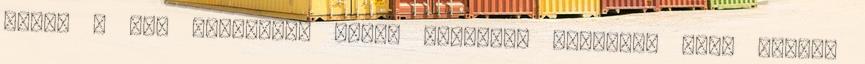
belém a fiú spermája. Olyan hírtelen történt, hogy szinte